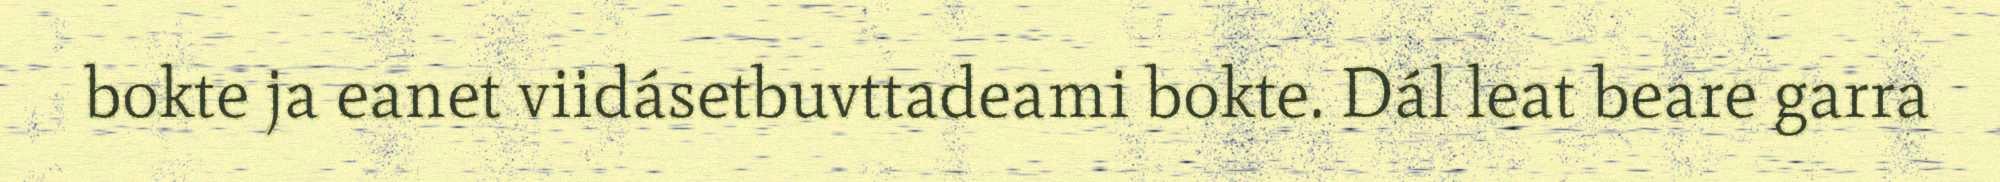
bokte ja eanet viidásetbuvttadeami bokte. Dál leat beare garra